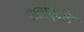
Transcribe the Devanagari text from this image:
शताब्दीद